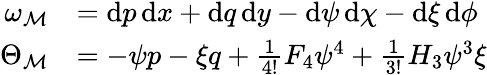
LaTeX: \begin{array}{rl}{\omega_{\mathcal{M}}}&{=\mathrm{d}p\, \mathrm{d}x+\mathrm{d}q\, \mathrm{d}y-\mathrm{d}\psi\, \mathrm{d}\chi-\mathrm{d}\xi\, \mathrm{d}\phi}\\ {\Theta_{\mathcal{M}}}&{=-\psi p-\xi q+\frac{1}{4!}F_{4}\psi^{4}+\frac{1}{3!}H_{3}\psi^{3}\xi}\end{array}